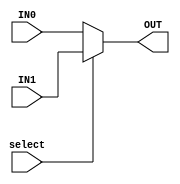
module multiplexer_2x1 #(
    parameter DATA_WIDTH = 1
)
(
    input [DATA_WIDTH - 1:0] IN0,
    input [DATA_WIDTH - 1:0] IN1,
    input select,

    output [DATA_WIDTH - 1:0] OUT
);
    assign OUT = select ? IN1 : IN0;

endmodule